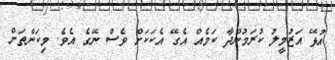
އުޅޭ އަޒުމީލު ކުރަމުންދާ ކަމެއް އެގޭ އެކަކަށް ވެސް ނޭގެ އެވެ. މިކަންތަށް